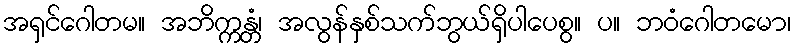
အရှင်ဂေါတမ။ အဘိက္ကန္တံ၊ အလွန်နှစ်သက်ဘွယ်ရှိပါပေစွ။ ပ။ ဘဝံဂေါတမော၊